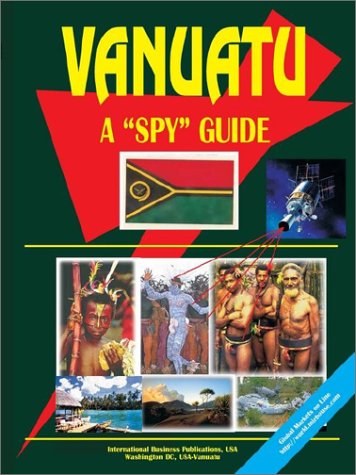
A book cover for Vanuatu a Spy Guide; Ibp Usa; Travel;